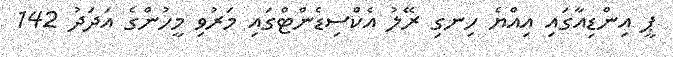
ޕީ އިންޑިއާގައި އިއްޔެ ހިނގި ރޭލު އެކްސިޑެންޓްގައި މަރުވި މީހުންގެ އަދަދު 142